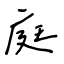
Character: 庭